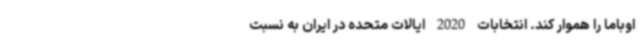
اوباما را هموار کند. انتخابات 2020 ایالات متحده در ایران به نسبت